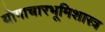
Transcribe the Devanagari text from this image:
योगाचारभूमिशास्त्र